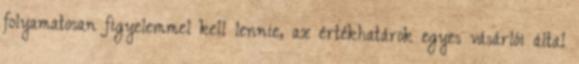
folyamatosan figyelemmel kell lennie, az értékhatárok egyes vásárlói által